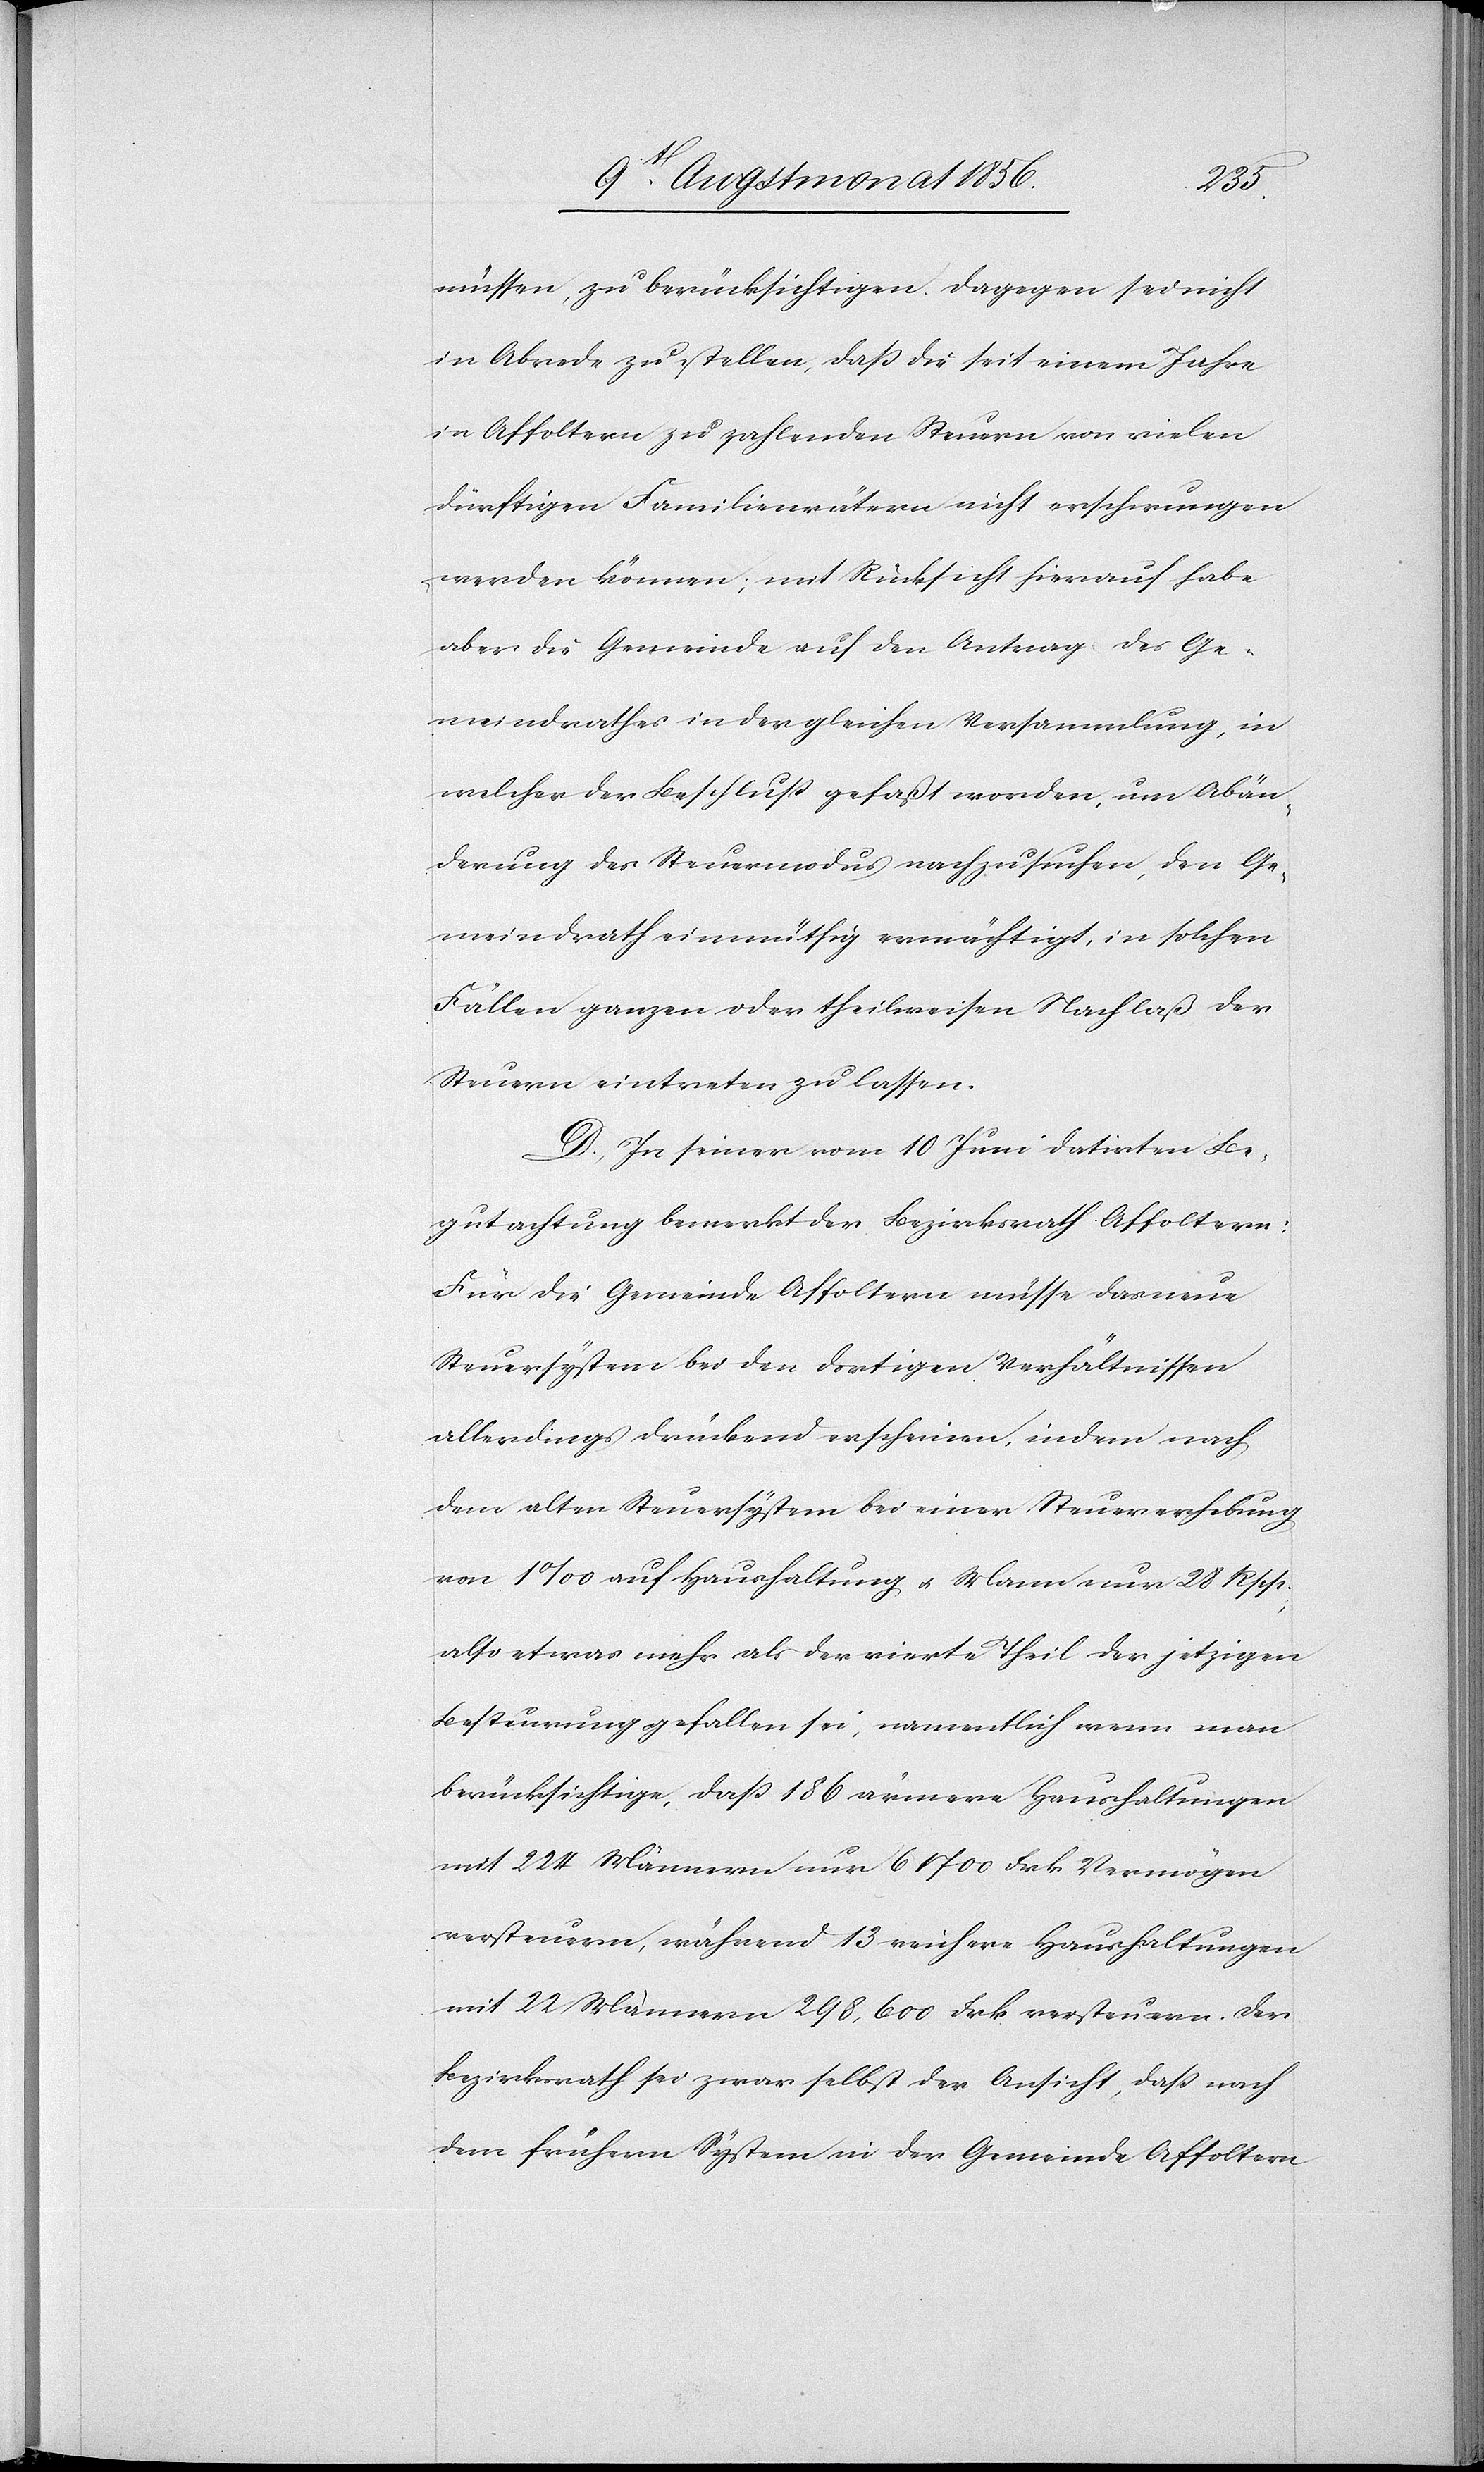
müssen, zu berücksichtigen. Dagegen sei nicht
in Abrede zu stellen, dass die seit einem Jahre
in Affoltern zu zahlenden Steuern von vielen
dürftigen Familienvätern nicht erschwungen
werden können; mit Rücksicht hierauf habe
aber die Gemeinde auf den Antrag des Ge¬
meindrathes in der gleichen Versammlung, in
welcher der Beschluss gefaßt worden, um Abän¬
derung des Steuermodus nachzusuchen, den Ge¬
meindrath einmüthig ermächtigt, in solchen
Fällen ganzen oder theilweisen Nachlaß der
Steuern eintreten zu lassen.
D.) In seiner vom 10 Juni datirten Be¬
gutachtung bemerkt der Bezirksrath Affoltern:
Für die Gemeinde Affoltern müsse das neue
Steuersystem bei den dortigen Verhältnissen
allerdings drückend erscheinen, indem nach
dem alten Steuersystem bei einer Steuererhebung
von 1‰ auf Haushaltung u. Mann nur 28 Rpp.,
also etwas mehr als der vierte Theil der jetzigen
Besteurung gefallen sei, namentlich wenn man
berücksichtige, dass 186 ärmere Haushaltungen
mit 224 Männern nur 61 700 Frk. Vermögen
versteuern, während 13 reichere Haushaltungen
mit 22 Männern 298,600 Frk. versteuern. Der
Bezirksrath sei zwar selbst der Ansicht, dass nach
dem frühern System in der Gemeinde Affoltern